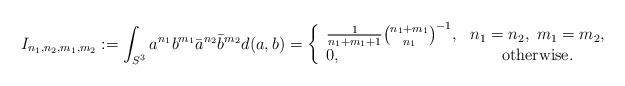
LaTeX: \begin{align*}I_{n_1,n_2,m_1,m_2}:=\int_{S^3}a^{n_1}b^{m_1}\bar a^{n_2}\bar b^{m_2}d(a,b)=\left\{\begin{array}{lc}\frac{1}{n_1+m_1+1}\binom{n_1+m_1}{n_1}^{-1},&n_1=n_2,\;m_1=m_2,\\0,&\mbox{otherwise.}\end{array}\right.\end{align*}